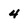
Character: 4